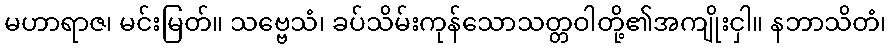
မဟာရာဇ၊ မင်းမြတ်။ သဗ္ဗေသံ၊ ခပ်သိမ်းကုန်သောသတ္တဝါတို့၏အကျိုးငှါ။ နဘာသိတံ၊